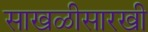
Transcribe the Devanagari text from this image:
साखळीसारखी